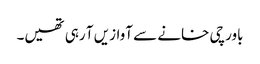
باورچی خانے سے آوازیں آ رہی تھیں۔